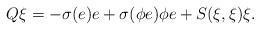
LaTeX: \begin{align*}Q\xi =-\sigma (e)e+\sigma (\phi e)\phi e+S(\xi ,\xi )\xi . \end{align*}